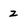
Character: z